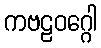
ကဗဠဝဂ္ဂေါ